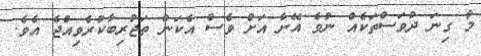
މާ ގިނަ ދުވަސްތަކެއް ނުވެ އޭނާ އަށް ވެސް އެކަން ތަޖުރިބާކުރެވިއްޖެ އެވެ.